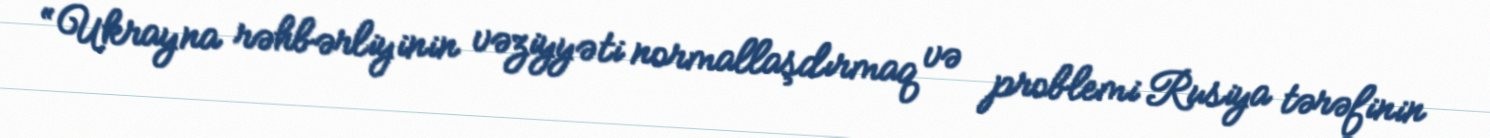
“Ukrayna rəhbərliyinin vəziyyəti normallaşdırmaq və problemi Rusiya tərəfinin